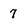
Character: 7